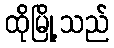
ထိုမြို့သည်